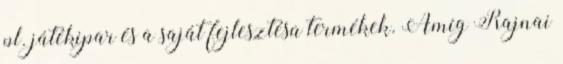
pl. játékipar és a saját fejlesztésû termékek. Amíg Rajnai